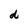
Character: d